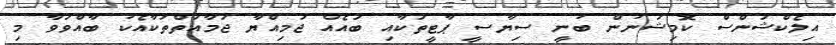
އިލެކްޝަންސް ކޮމިޝަނުން ބުނީ ސިޔާސީ ޕާޓީތަކާއި ބައެއް ޖަމިއްޔާ ޖަމާއަތްތަކާއެކު ބާއްވަވާ މި